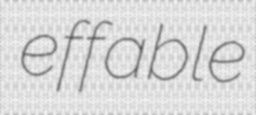
effable